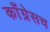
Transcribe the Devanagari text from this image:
काँग्रेसच